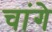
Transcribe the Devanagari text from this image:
चांगे